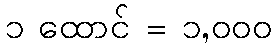
၁ ထောင် = ၁,၀၀၀